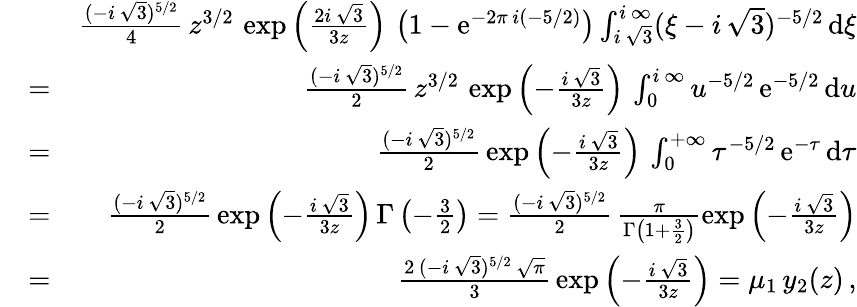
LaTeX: \begin{array}{rlr}&{}&{\frac{(-i\, \sqrt{3})^{5/2}}{4}\, z^{3/2}\, \exp\left(\frac{2i\, \sqrt{3}}{3z}\right)\, \left(1-\mathrm{e}^{-2\pi\, i(-5/2)}\right)\int_{i\, \sqrt{3}}^{i\, \infty}(\xi-i\, \sqrt{3})^{-5/2}\, \mathrm{d}\xi}\\ &{=}&{\frac{(-i\, \sqrt{3})^{5/2}}{2}\, z^{3/2}\, \exp\left(-\frac{i\, \sqrt{3}}{3z}\right)\, \int_{0}^{i\, \infty}u^{-5/2}\, \mathrm{e}^{-5/2}\, \mathrm{d}u}\\ &{=}&{\frac{(-i\, \sqrt{3})^{5/2}}{2}\, \exp\left(-\frac{i\, \sqrt{3}}{3z}\right)\, \int_{0}^{+\infty}\tau^{-5/2}\, \mathrm{e}^{-\tau}\, \mathrm{d}\tau}\\ &{=}&{\frac{(-i\, \sqrt{3})^{5/2}}{2}\, \exp\left(-\frac{i\, \sqrt{3}}{3z}\right)\, \Gamma\left(-\frac{3}{2}\right)=\frac{(-i\, \sqrt{3})^{5/2}}{2}\, \frac{\pi}{\Gamma\left(1+\frac{3}{2}\right)}\exp\left(-\frac{i\, \sqrt{3}}{3z}\right)}\\ &{=}&{\frac{2\, (-i\, \sqrt{3})^{5/2}\, \sqrt{\pi}}{3}\, \exp\left(-\frac{i\, \sqrt{3}}{3z}\right)=\mu_{1}\, y_{2}(z)\, ,}\end{array}